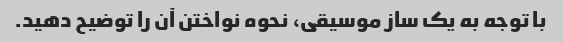
با توجه به یک ساز موسیقی، نحوه نواختن آن را توضیح دهید.